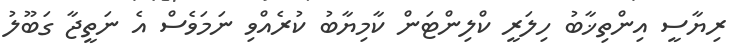
ރިޔާސީ އިންތިޚާބު ހިލަރީ ކްލިންޓަން ކާމިޔާބު ކުރެއްވި ނަމަވެސް އެ ނަތީޖާ ގަބޫލު